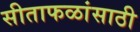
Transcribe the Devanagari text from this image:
सीताफळांसाठी